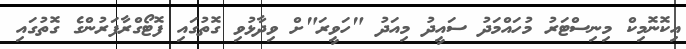
އިކޮނޮމިކް މިނިސްޓަރު މުހައްމަދު ސައީދު މިއަދު "ހަވީރަ"ށް ވިދާޅުވި ގޮތުގައި ފޮޓޯގްރާފަރުންގެ ގޮތުގައި